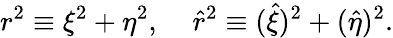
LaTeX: r^{2}\equiv\xi^{2}+\eta^{2},\; \; \; \; \hat{r}^{2}\equiv(\hat{\xi})^{2}+(\hat{\eta})^{2}.